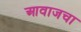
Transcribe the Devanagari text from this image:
आवाजचा